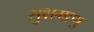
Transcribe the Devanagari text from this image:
सुक्षमाणु